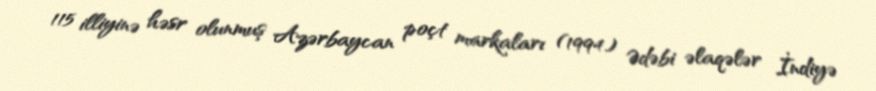
115 illiyinə həsr olunmuş Azərbaycan poçt markaları (1994) Ədəbi əlaqələr İndiyə